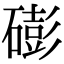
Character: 𥕱